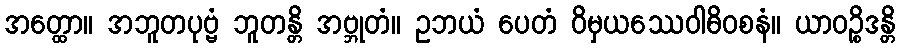
အတ္ထော။ အဘူတပုဗ္ဗံ ဘူတန္တိ အဗ္ဘုတံ။ ဥဘယံ ပေတံ ဝိမှယဿေဝါဓိဝစနံ။ ယာဝဉ္စိဒန္တိ